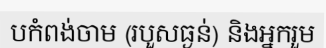
បកំពង់ចាម (របួសធ្ងន់) និងអ្នករួម